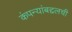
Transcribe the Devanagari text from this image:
कंपन्यांबद्दलची